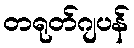
တရုတ်ဂျပန်